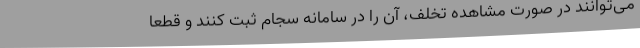
می‌توانند در صورت مشاهده تخلف، آن را در سامانه سجام ثبت کنند و قطعا